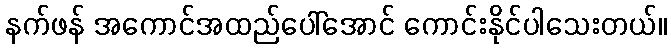
နက်ဖန် အကောင်အထည်ပေါ်အောင် ကောင်းနိုင်ပါသေးတယ်။